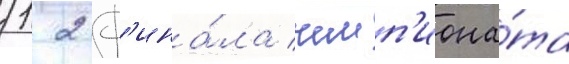
1/ 2 ф'ина́ла чемп'иона́та